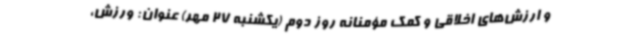
و ارزش‌های اخلاقی و کمک مؤمنانه روز دوم (یکشنبه 27 مهر) عنوان: ورزش،